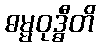
ဓမ္မဝုဒ္ဓီတိ